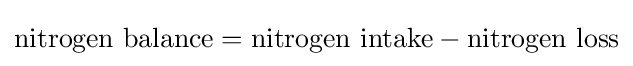
{\mbox{nitrogen balance}}={\mbox{nitrogen intake}}-{\mbox{nitrogen loss}}